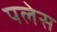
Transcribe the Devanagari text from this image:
पलेस